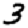
Digit: 3